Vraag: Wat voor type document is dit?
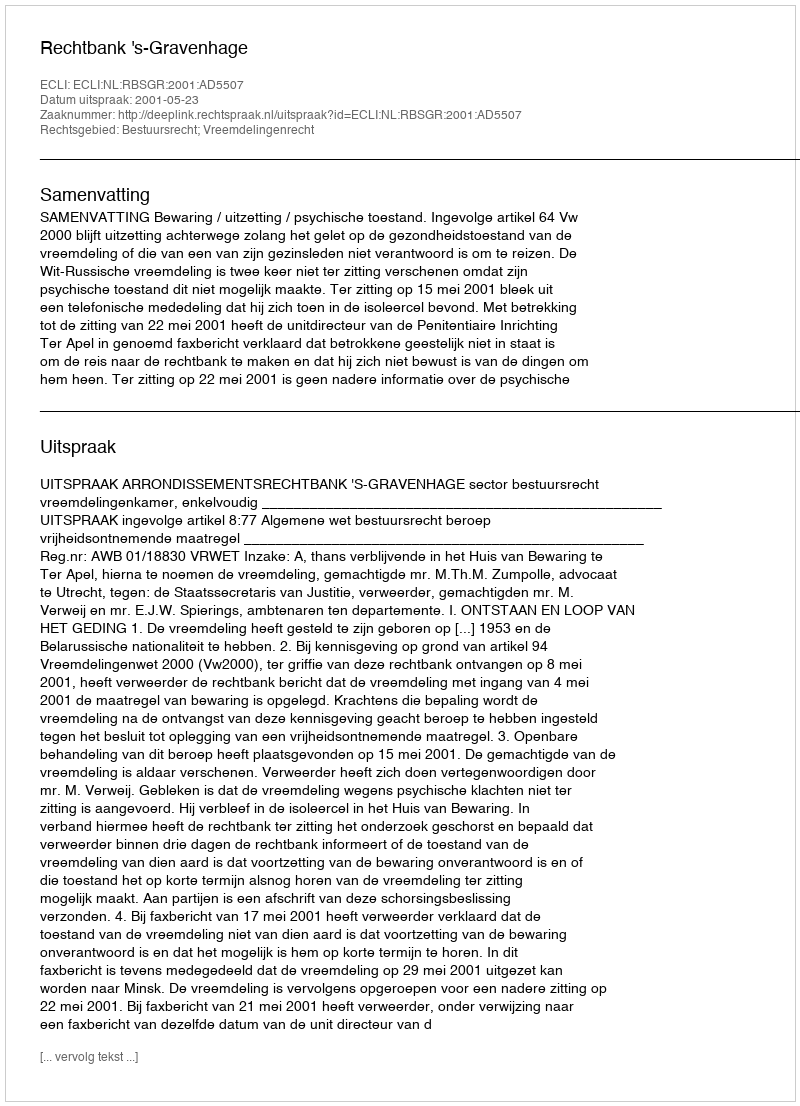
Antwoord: Uitspraak